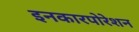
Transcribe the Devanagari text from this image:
इनकारपोरेशन